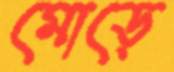
মোড়ে